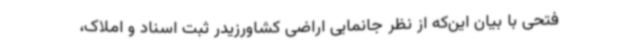
فتحی با بیان این‌که از نظر جانمایی اراضی کشاورزیدر ثبت اسناد و املاک،